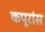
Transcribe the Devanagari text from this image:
कपूरांस